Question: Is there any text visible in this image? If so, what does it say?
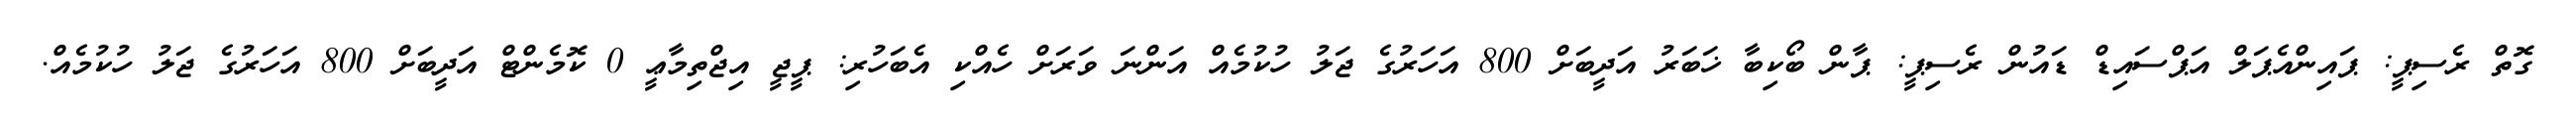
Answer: ގޮތް ރެސިޕީ: ޕައިންއެޕަލް އަޕްސައިޑް ޑައުން ރެސިޕީ: ޕާން ބޯކިބާ ޚަބަރު އަދީބަށް 800 އަހަރުގެ ޖަލު ހުކުމެއް އަންނަ ވަރަށް ހެއްކި އެބަހުރި: ޕީޖީ އިޖްތިމާޢީ 0 ކޮމެންޓް އަދީބަށް 800 އަހަރުގެ ޖަލު ހުކުމެއް.